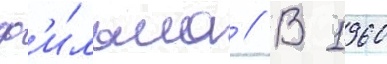
ф'и́льма // В 1960